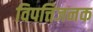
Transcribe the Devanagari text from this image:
विपत्तिजनक